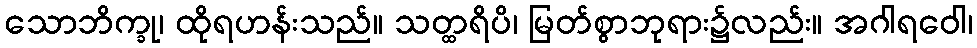
သောဘိက္ခု၊ ထိုရဟန်းသည်။ သတ္ထရိပိ၊ မြတ်စွာဘုရား၌လည်း။ အဂါရဝေါ၊